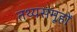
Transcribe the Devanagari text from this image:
तथ्यसमूहों